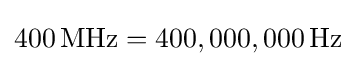
400\,{\text{MHz}}=400,000,000\,{\text{Hz}}